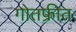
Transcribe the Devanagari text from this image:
गोतफ्रीत